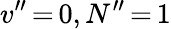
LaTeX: v^{\prime\prime}\, {=}\, 0,N^{\prime\prime}\, {=}\, 1